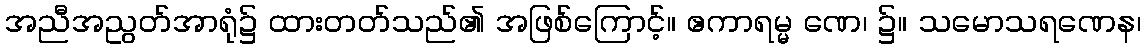
အညီအညွတ်အာရုံ၌ ထားတတ်သည်၏ အဖြစ်ကြောင့်။ ဧကာရမ္မ ဏေ၊ ၌။ သမောသရဏေန၊